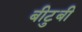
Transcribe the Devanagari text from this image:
बीटुबी